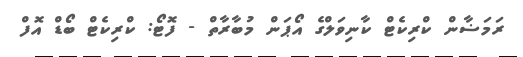
ރަމަޟާން ކްރިކެޓް ކާނިވަލްގެ އޯޕަން މުބާރާތް - ފޮޓޯ: ކްރިކެޓް ބޯޑް އޮފް